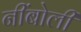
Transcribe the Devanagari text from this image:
नींबोली